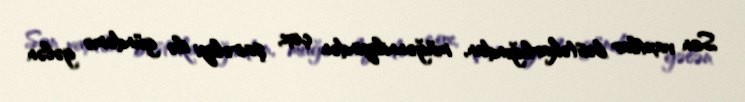
Son vaxtlar bəstəkarlığından, müğənniliyindən çox, şairəliyi ilə gündəmə gələn